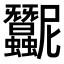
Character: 𧖛